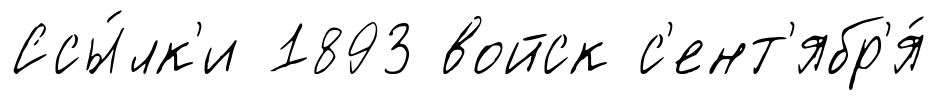
Ссы́лк'и 1893 войск с'ент'ябр'я́